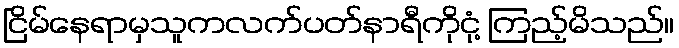
ငြိမ်နေရာမှသူကလက်ပတ်နာရီကိုငုံ့ ကြည့်မိသည်။